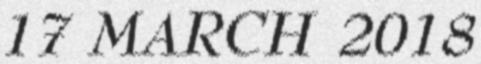
17 MARCH 2018